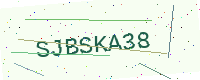
Text: SJBSKA38